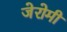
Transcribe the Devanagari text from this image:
जेरोमी